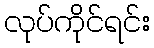
လုပ်ကိုင်ရင်း